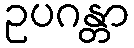
ဥပဂန္တာ